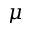
\mu